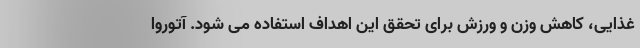
غذایی، کاهش وزن و ورزش برای تحقق این اهداف استفاده می شود. آتوروا